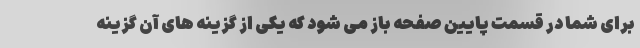
برای شما در قسمت پایین صفحه باز می شود که یکی از گزینه های آن گزینه